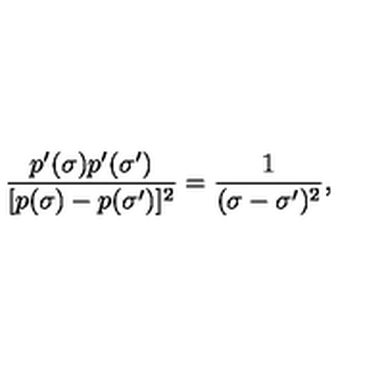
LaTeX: \frac { p ^ { \prime } ( \sigma ) p ^ { \prime } ( \sigma ^ { \prime } ) } { [ p ( \sigma ) - p ( \sigma ^ { \prime } ) ] ^ { 2 } } = \frac { 1 } { ( \sigma - \sigma ^ { \prime } ) ^ { 2 } } ,